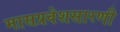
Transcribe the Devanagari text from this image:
मासप्रवेशसारणी